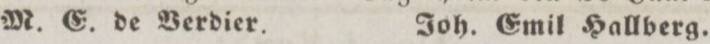
M. G. de Verdier. Joh. Emil Hallberg.